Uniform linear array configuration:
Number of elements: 8
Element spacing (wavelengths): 1
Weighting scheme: exponential
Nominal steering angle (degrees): -15
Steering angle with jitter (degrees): -15.704
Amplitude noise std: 0.05
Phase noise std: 0.05

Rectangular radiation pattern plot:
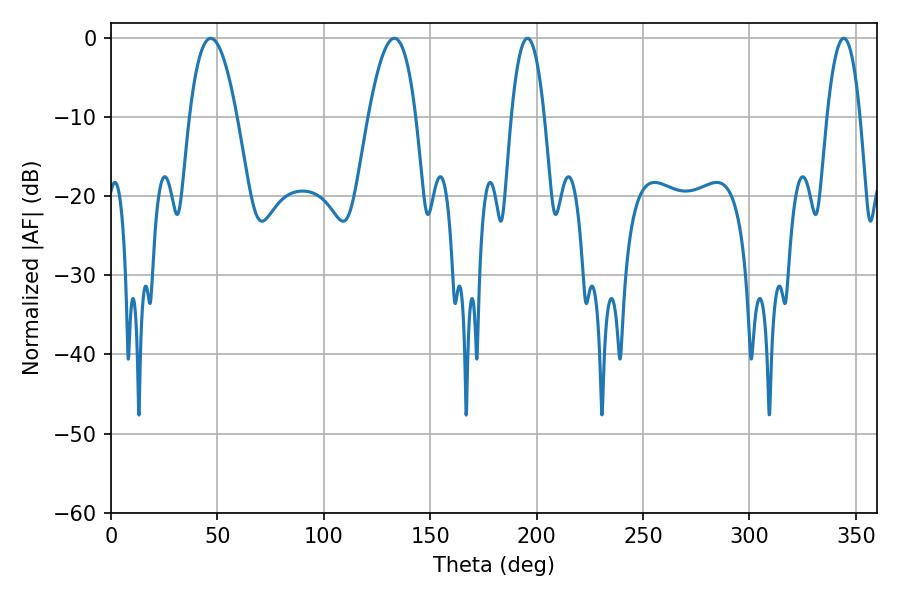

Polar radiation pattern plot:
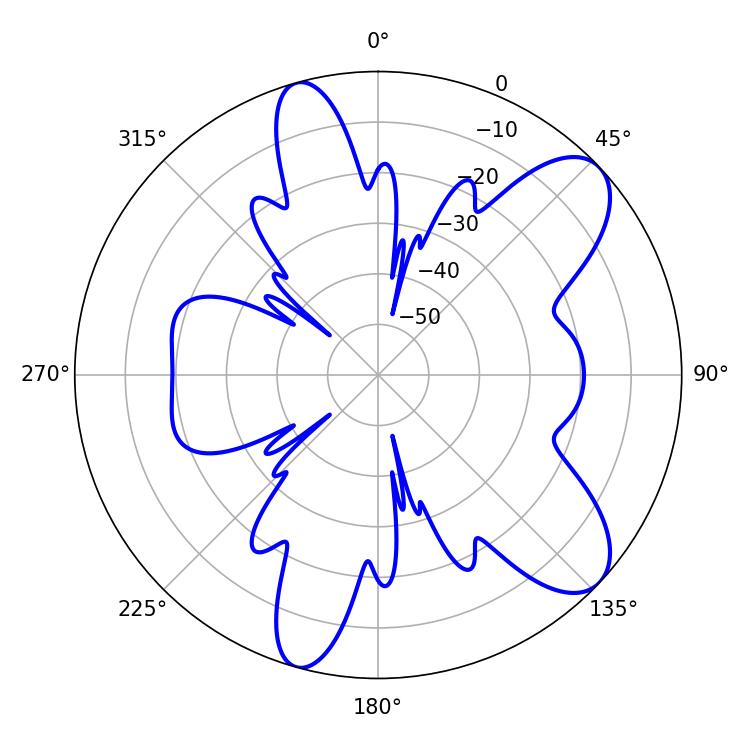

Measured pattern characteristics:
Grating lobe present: TRUE
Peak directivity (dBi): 9.094
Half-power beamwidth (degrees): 8.46
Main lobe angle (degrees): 195.66